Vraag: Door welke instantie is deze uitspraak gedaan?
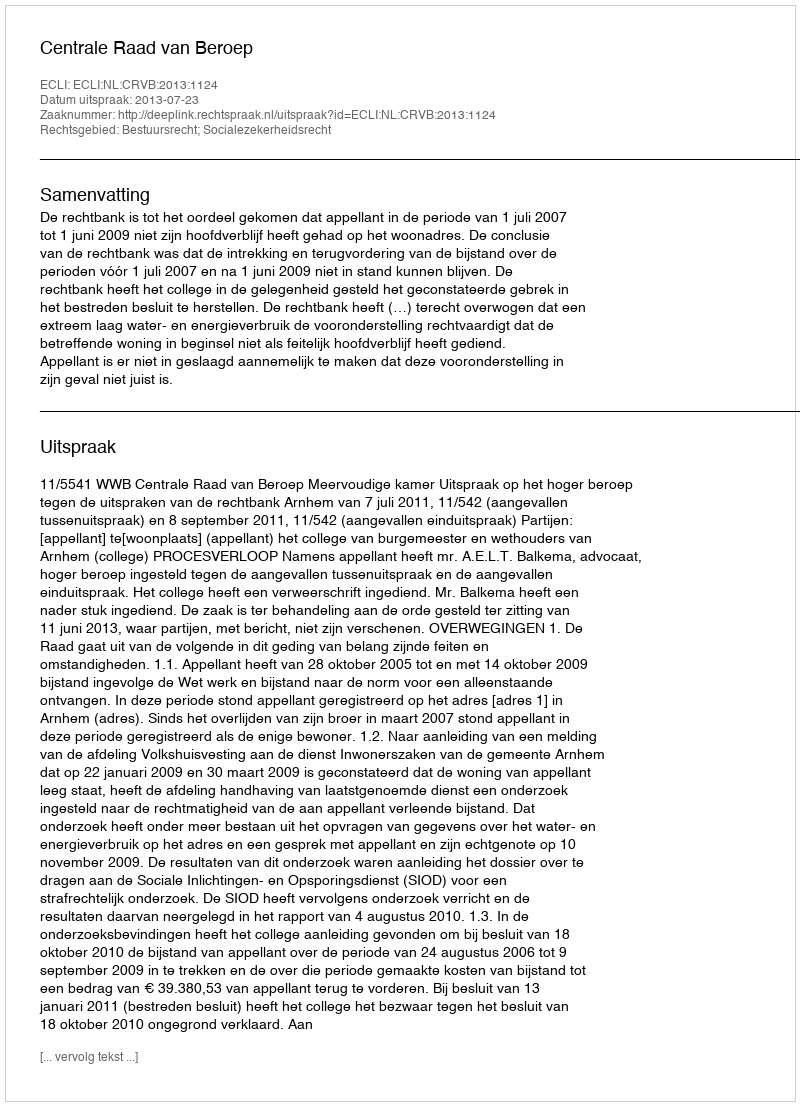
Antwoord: Centrale Raad van Beroep